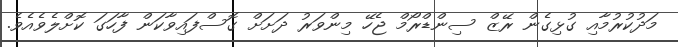
މަދުކުރުމާއި ގުޅިގެން ރޭޒް ސިންޑްރޯމް ޖެހޭ މިންވަރު ދަށަށް ގޮސްފައިވާކަން ފާހަގަ ކޮށްލެވެއެވެ.